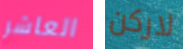
العاشر لاركن